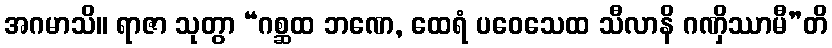
အဂမာသိ။ ရာဇာ သုတွာ “ဂစ္ဆထ ဘဏေ, ထေရံ ပဝေသေထ သီလာနိ ဂဏှိဿာမီ”တိ